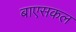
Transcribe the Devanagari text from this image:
बाएसकल